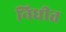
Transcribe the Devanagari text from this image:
निधीत